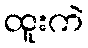
ထူးကဲ